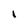
Character: l